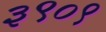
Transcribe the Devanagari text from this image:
३९०९